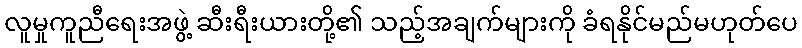
လူမှုကူညီရေးအဖွဲ့ ဆီးရီးယားတို့၏ သည့်အချက်များကို ခံရနိုင်မည်မဟုတ်ပေ